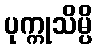
ပုက္ကုသိမ္ပိ